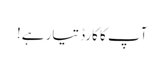
آپ کا کارڈ تیار ہے!